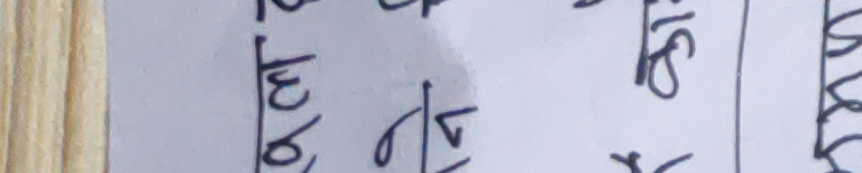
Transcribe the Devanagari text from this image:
छ १० ने मि सि अ वि स् ख